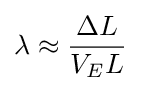
\lambda \approx {\frac {\Delta L}{V_{E}L}}